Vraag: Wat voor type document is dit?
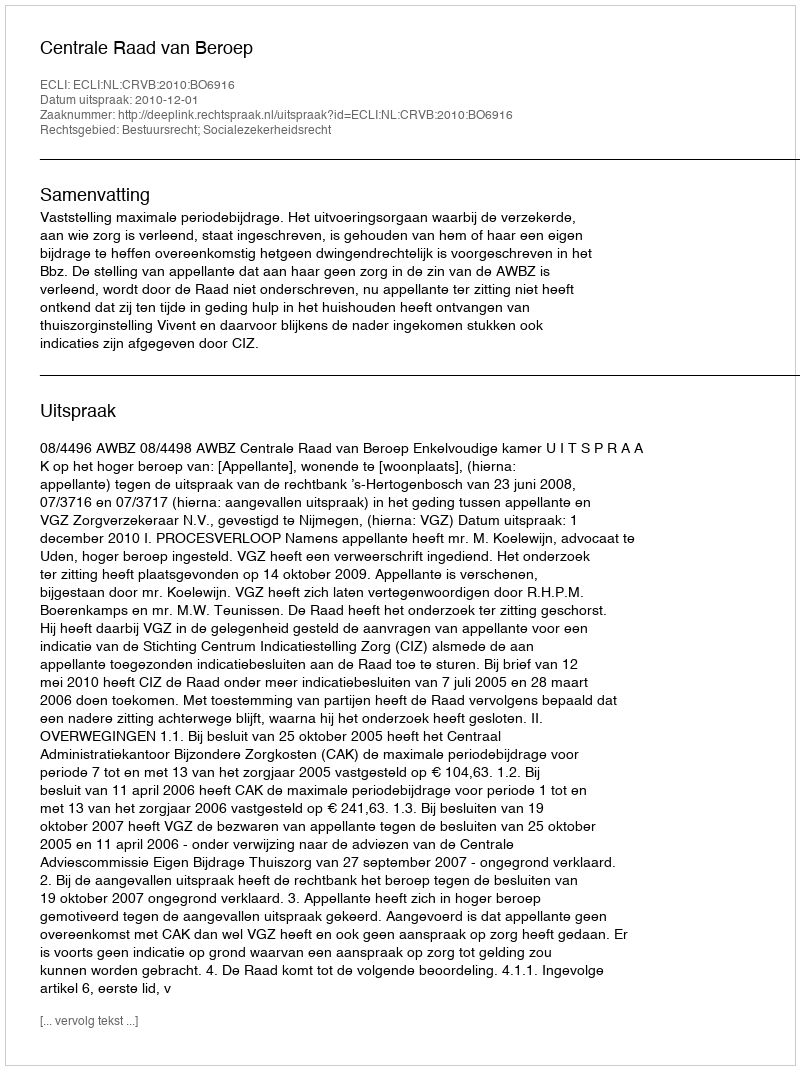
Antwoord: Uitspraak